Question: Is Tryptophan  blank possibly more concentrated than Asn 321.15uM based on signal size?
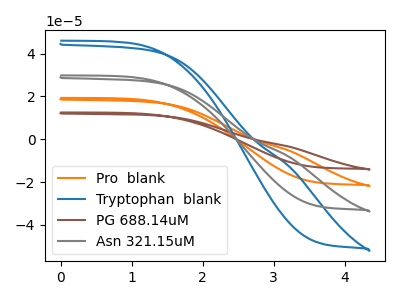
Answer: <think>The orange curve "Pro  blank" has no peaks. The blue curve "Tryptophan  blank" has no peaks. The brown curve "PG 688.14uM" has no peaks. The gray curve "Asn 321.15uM" has no peaks.
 Neither "Tryptophan  blank" or "Asn 321.15uM" have any peaks.</think>
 <answer>I cant tell if "Tryptophan  blank" or "Asn 321.15uM" has more signal.</answer>
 <eval>mixed_signal</eval>